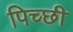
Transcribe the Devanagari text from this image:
पिच्छी